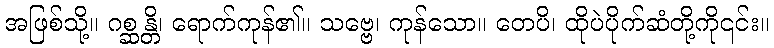
အဖြစ်သို့။ ဂစ္ဆန္တိ၊ ရောက်ကုန်၏။ သဗ္ဗေ၊ ကုန်သော။ တေပိ၊ ထိုပဲပိုက်ဆံတို့ကို၎င်း။